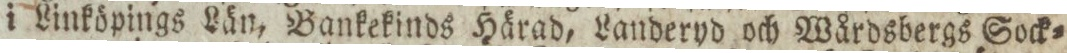
i Linköpings Län, Bankekinds Härad, Landeryd och Wårdsbergs Sock=